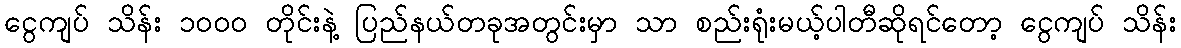
ငွေကျပ် သိန်း ၁၀၀၀ တိုင်းနဲ့ ပြည်နယ်တခုအတွင်းမှာ သာ စည်းရုံးမယ့်ပါတီဆိုရင်တော့ ငွေကျပ် သိန်း